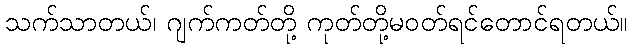
သက်သာတယ်၊ ဂျက်ကတ်တို့ ကုတ်တို့မဝတ်ရင်တောင်ရတယ်။